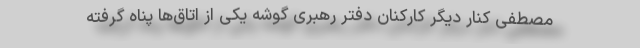
مصطفی کنار دیگر کارکنان دفتر رهبری گوشه یکی از اتاق‌ها پناه گرفته